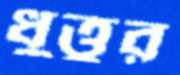
ধুত্তুর